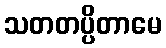
သတတပ္ပိတာမေ